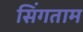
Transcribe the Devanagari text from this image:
सिंगताम